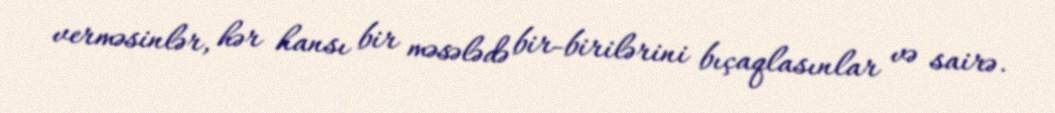
verməsinlər, hər hansı bir məsələdə bir-birilərini bıçaqlasınlar və sairə.